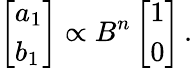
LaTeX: \left[\begin{array}{l}{a_{1}}\\ {b_{1}}\end{array}\right]\propto B^{n}\left[\begin{array}{l}{1}\\ {0}\end{array}\right]\, .